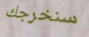
سنخرجك